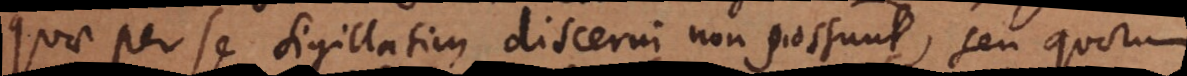
quae per se sigillatim discerni non possunt, seu quorum